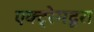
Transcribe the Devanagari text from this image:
एक्ट्रेमदूरा